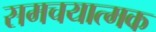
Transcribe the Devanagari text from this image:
समचयात्मक